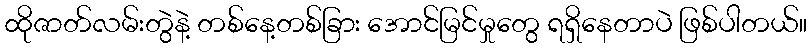
ထိုဇာတ်လမ်းတွဲနဲ့ တစ်နေ့တစ်ခြား အောင်မြင်မှုတွေ ရရှိနေတာပဲ ဖြစ်ပါတယ်။